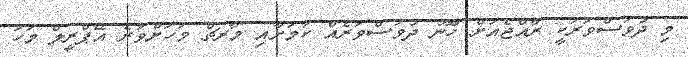
މި ދުވަސްވަރަކީ ރާއްޖެއަށް ހޫނު ދުވަސްވަރެއް ކަމަށާއި މާރޗް މަހަށްވުރެ އޭޕްރީލް މަހު